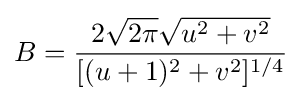
B={\frac {2{\sqrt {2\pi }}{\sqrt {u^{2}+v^{2}}}}{[(u+1)^{2}+v^{2}]^{1/4}}}